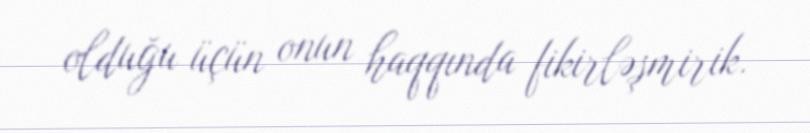
olduğu üçün onun haqqında fikirləşmirik.